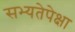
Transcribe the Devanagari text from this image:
सभ्यतेपेक्षा